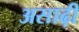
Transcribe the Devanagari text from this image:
असाढ़ी